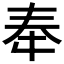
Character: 𫯠